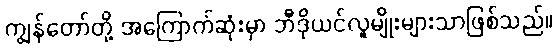
ကျွန်တော်တို့ အကြောက်ဆုံးမှာ ဘီဒိုယင်လူမျိုးများသာဖြစ်သည်။